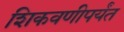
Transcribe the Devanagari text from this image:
शिकवणीपर्यंत